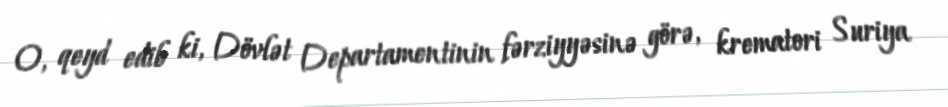
O, qeyd edib ki, Dövlət Departamentinin fərziyyəsinə görə, krematori Suriya